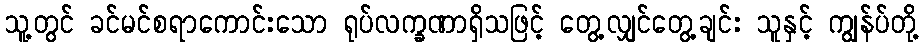
သူ့တွင် ခင်မင်စရာကောင်းသော ရုပ်လက္ခဏာရှိသဖြင့် တွေ့လျှင်တွေ့ချင်း သူနှင့် ကျွန်ပ်တို့